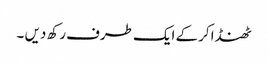
ٹھنڈا کرکے ایک طرف رکھ دیں ۔